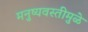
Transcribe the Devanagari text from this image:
मनुष्यवस्तीमुळे